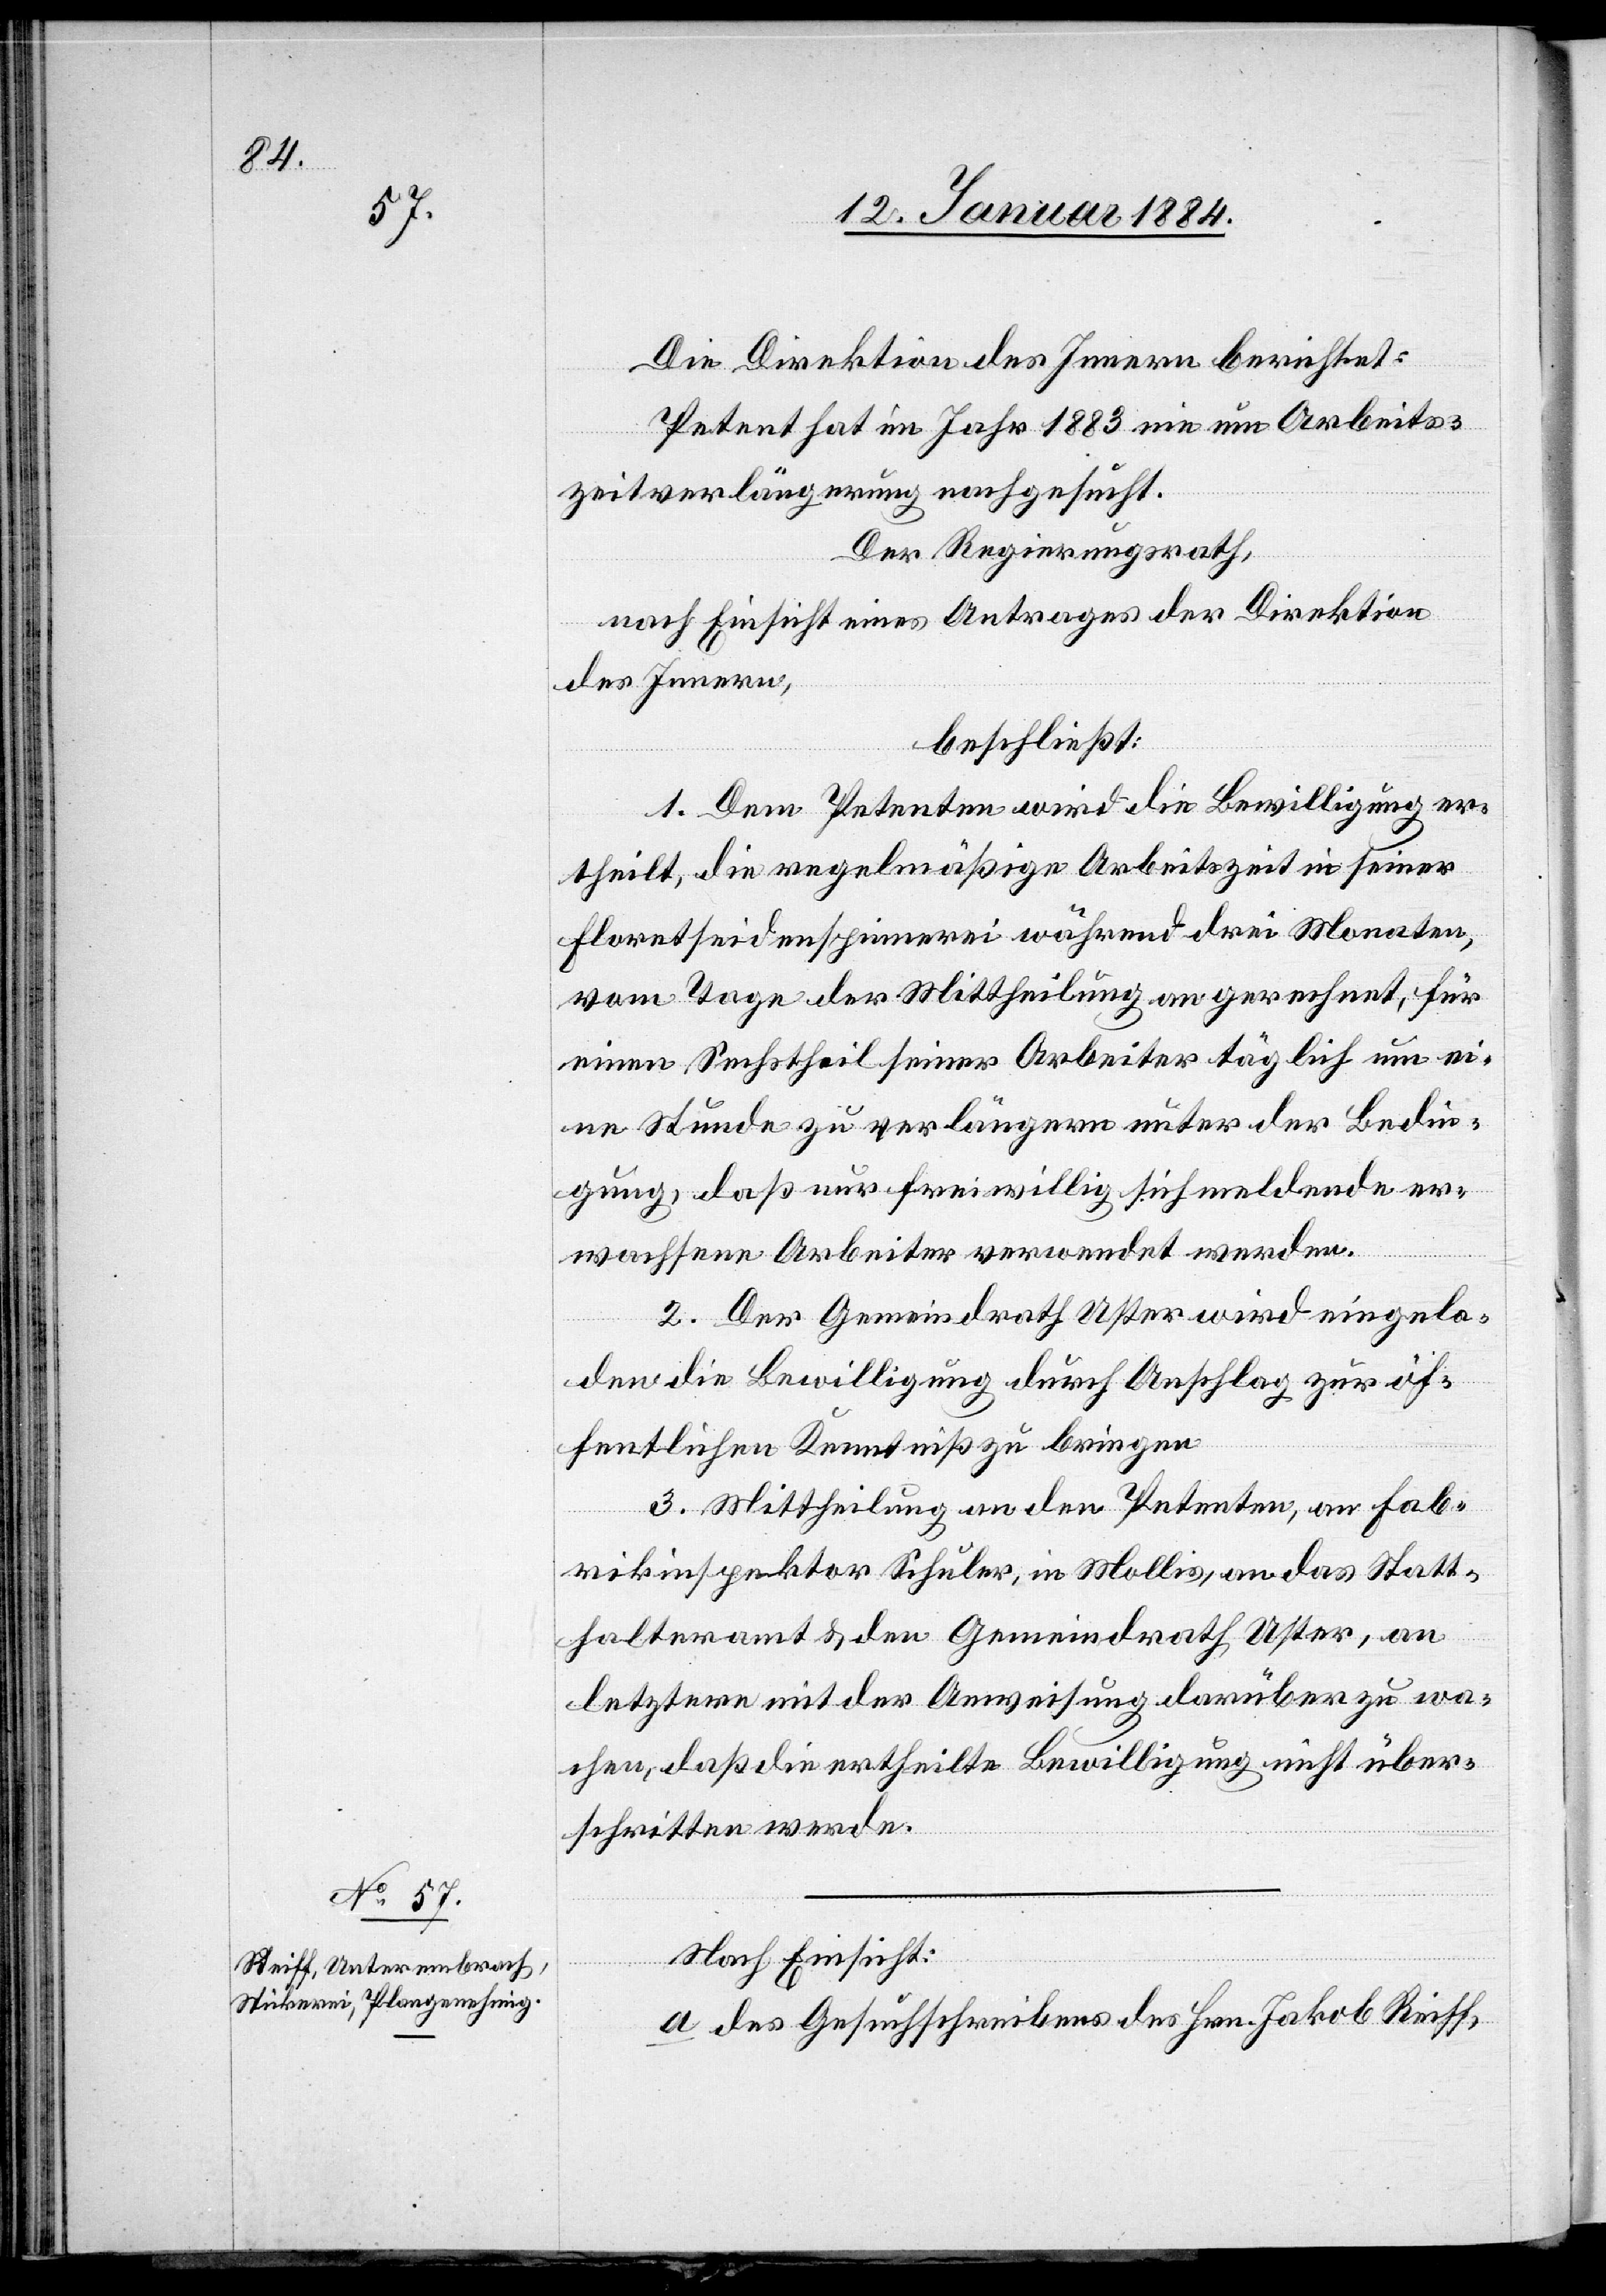
Die Direktion des Innern berichtet:
Petent hat im Jahr 1883 nie um Arbeits¬
zeitverlängerung nachgesucht.
Der Regierungsrath.
nach Einsicht eines Antrages der Direktion
des Innern,
beschließt:
1. Dem Petenten wird die Bewilligung er¬
theilt, die regelmäßige Arbeitszeit in seiner
Floretseidenspinnerei während drei Monaten,
vom Tage der Mittheilung an gerechnet, für
einen Sechstheil seiner Arbeiter täglich um ei¬
ne Stunde zu verlängern unter der Bedin¬
gung, daß nur freiwillig sich meldende er¬
wachsene Arbeiter verwendet werden.
2. Der Gemeindrath Uster wird eingela¬
den die Bewilligung durch Anschlag zur öf¬
fentlichen Kenntniß zu bringen.
3. Mittheilung an den Petenten, an Fab¬
rikinspektor Schuler, in Mollis, an das Statt¬
halteramt & an den Gemeindrath Uster, an
letztern mit der Anweisung darüber zu wa¬
chen, daß die ertheilte Bewilligung nicht über¬
schritten werde.
Nach Einsicht:
a) des Gesuchsschreibens des Hrn. Jakob Reiff,